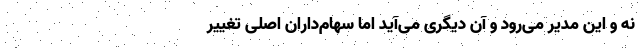
نه و این مدیر می‌رود و آن دیگری می‌آید اما سهام‌داران اصلی تغییر